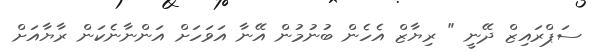
ސަޕްރައިޒް ދޭނީ " ރިޔާޒް އެހެން ބުނުމުން އޭނާ އަވަހަށް އަންނާނެކަން ރާޔާއަށް